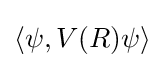
\langle \psi ,V(R)\psi \rangle